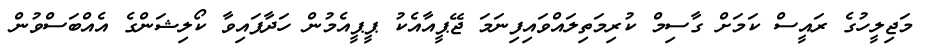
މަޖިލީހުގެ ރައީސް ކަމަށް ގާސިމް ކުރިމަތިލައްވައިފިނަމަ ޖޭޕީއާއެކު ޕީޕީއެމުން ހަދާފައިވާ ކޯލިޝަންގެ އެއްބަސްވުން